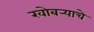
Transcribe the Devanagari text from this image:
खोबर्‍याचे